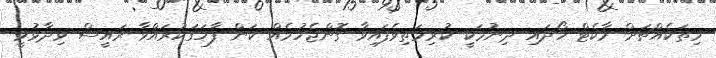
މިތަކެއްޗަށް މާކެޓް ހޯދައި ދިނުމަކީ ކުރިމަތިވެފައިވާ ގޮންޖެހުމެއް ކަން ފާހަގަކުރައްވާ ރައީސް ވިދާޅުވީ